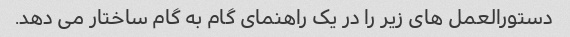
دستورالعمل های زیر را در یک راهنمای گام به گام ساختار می دهد.